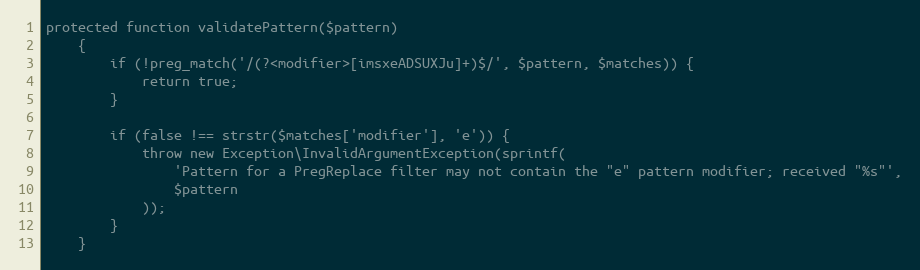
Language: PHP
protected function validatePattern($pattern)
    {
        if (!preg_match('/(?<modifier>[imsxeADSUXJu]+)$/', $pattern, $matches)) {
            return true;
        }

        if (false !== strstr($matches['modifier'], 'e')) {
            throw new Exception\InvalidArgumentException(sprintf(
                'Pattern for a PregReplace filter may not contain the "e" pattern modifier; received "%s"',
                $pattern
            ));
        }
    }